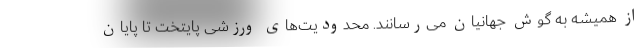
از همیشه به گوش جهانیان می‌رسانند. محدودیت‌های ورزشی پایتخت تا پایان